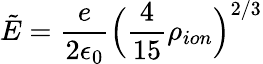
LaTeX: \tilde{E}=\frac{e}{2\epsilon_{0}}\Big(\frac{4}{15}\rho_{ion}\Big)^{2/3}